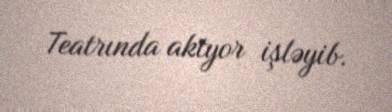
Teatrında aktyor işləyib.